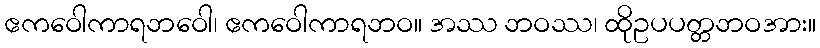
ဧကဝေါကာရဘဝေါ၊ ဧကဝေါကာရဘဝ။ အဿ ဘဝဿ၊ ထိုဥပပတ္တဘဝအား။